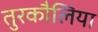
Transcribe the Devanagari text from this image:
तुरकौलिया